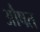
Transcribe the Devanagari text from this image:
औषत